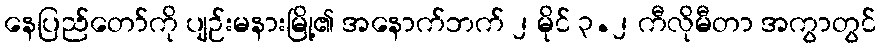
နေပြည်တော်ကို ပျဉ်းမနားမြို့၏ အနောက်ဘက် ၂ မိုင် ၃.၂ ကီလိုမီတာ အကွာတွင်